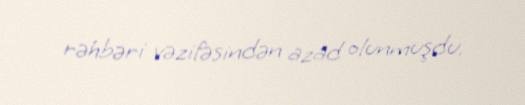
rəhbəri vəzifəsindən azad olunmuşdu.